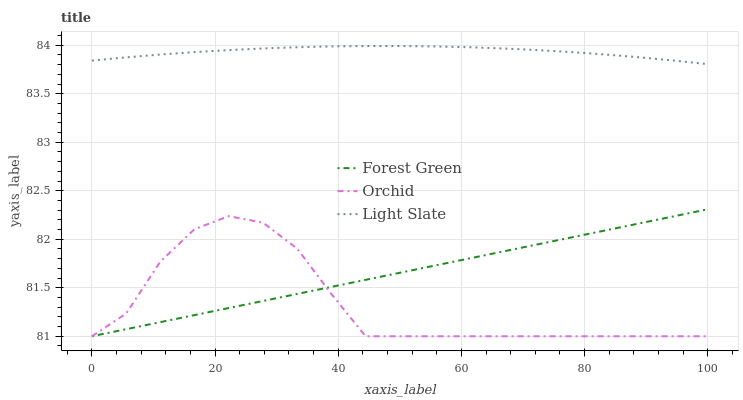
| xaxis_label | Forest Green | Orchid | Light Slate |
 | --- | --- | --- | --- |
 | 0 | 81 | 81 | 83.8 |
 | 5.56 | 81.1 | 81.2 | 83.9 |
 | 11.1 | 81.1 | 81.8 | 83.9 |
 | 16.7 | 81.2 | 82.1 | 83.9 |
 | 22.2 | 81.3 | 82.2 | 84 |
 | 27.8 | 81.4 | 82.2 | 84 |
 | 33.3 | 81.4 | 81.9 | 84 |
 | 38.9 | 81.5 | 81.4 | 84 |
 | 44.4 | 81.6 | 81 | 84 |
 | 50 | 81.7 | 81 | 84 |
 | 55.6 | 81.7 | 81 | 84 |
 | 61.1 | 81.8 | 81 | 84 |
 | 66.7 | 81.9 | 81 | 84 |
 | 72.2 | 81.9 | 81 | 84 |
 | 77.8 | 82 | 81 | 83.9 |
 | 83.3 | 82.1 | 81 | 83.9 |
 | 88.9 | 82.2 | 81 | 83.9 |
 | 94.4 | 82.2 | 81 | 83.8 |
 | 100 | 82.3 | 81 | 83.8 |